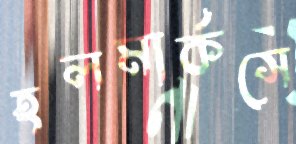
হলমার্কসে